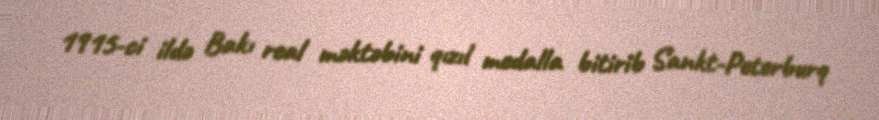
1915-ci ildə Bakı real məktəbini qızıl medalla bitirib Sankt-Peterburq